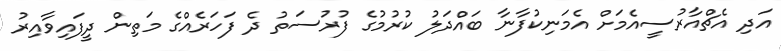
އަދި އެޗްއާރުސީއެމަށް އެމަނިކުފާނާ ބައްދަލު ކުރުމުގެ ފުރުސަތު ދެ ފަހަރެއްގެ މަތިން ދީފައިވާއިރު